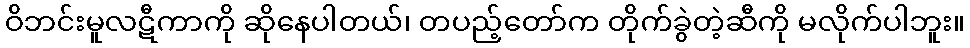
ဝိဘင်းမူလဋီကာကို ဆိုနေပါတယ်၊ တပည့်တော်က တိုက်ခွဲတဲ့ဆီကို မလိုက်ပါဘူး။